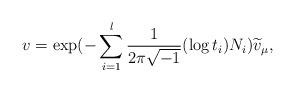
LaTeX: \begin{align*}v=\exp(-\sum_{i=1}^{l}\frac{1}{2\pi\sqrt{-1}}(\log t_i)N_i)\widetilde{v}_{\mu},\end{align*}